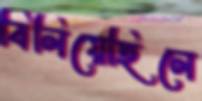
বিলিয়েছিলে